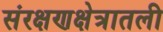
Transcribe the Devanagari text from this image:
संरक्षणक्षेत्रातली